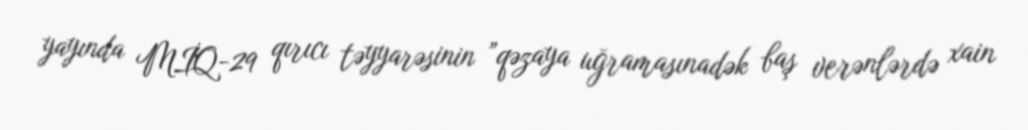
yayında MİQ-29 qırıcı təyyarəsinin ”qəzaya uğramasınadək baş verənlərdə xain